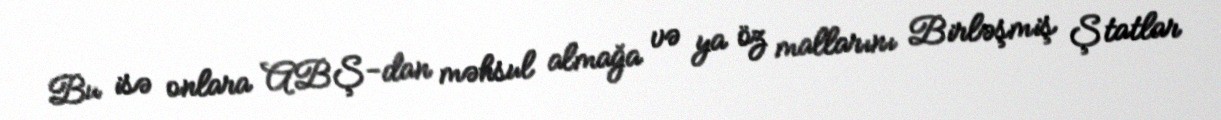
Bu isə onlara ABŞ-dan məhsul almağa və ya öz mallarını Birləşmiş Ştatlar